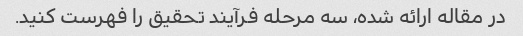
در مقاله ارائه شده، سه مرحله فرآیند تحقیق را فهرست کنید.